Assam Mental Hospital (Tezpur, India) - 1933-1948
Year: 1933
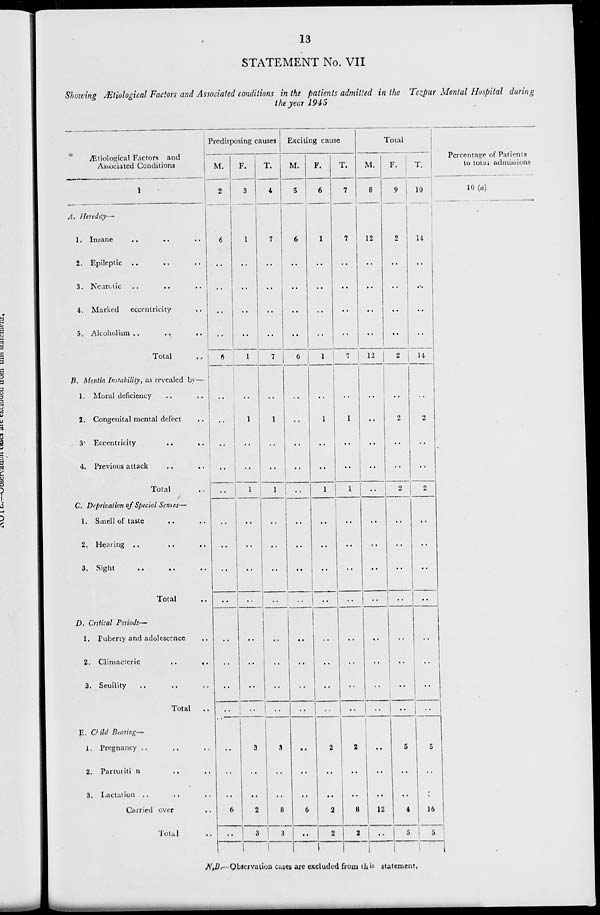
13
STATEMENT No. VII
Showing Ætiological Factors and Associated conditions in the patients admitted in the Tezpur Mental Hospital during
the year 1945
Ætiological Factors and
Associated Conditions
A.
B.
C.
D.
E.
1
Heredity—
1. Insane
..
.. ..
2. Epileptic ..
.. ..
3. Neurotic .. .. ..
4. Marked
eccentricity ..
5. Alcoholism ..
..
..
Total
..
Mentia Instability, as revealed by—
1. Moral deficiency
..
..
2. Congenital mental defect
..
3. Eccentricity
.. ..
4. Previous attack .. ..
Total ..
Deprivation of Special Senses—
1. Smell of taste .. .. ..
2. Hearing .. .. ..
3. Sight .. .. ..
Total ..
Critical Periods—
1. Puberty and adolescence ..
2. Climacteric
..
..
3. Senility .. .. ..
Total
..
Child Bearing—
1. Pregnancy .. .. ..
2. Parturition .. ..
3. Lactation .. .. ..
Carried over ..
Total ..
Predisposing causes
M.
2
6
..
..
..
..
6
..
..
..
..
..
..
..
..
..
..
..
..
..
..
..
..
6
..
F.
3
1
..
..
..
..
1
..
1
..
..
1
..
..
..
..
..
..
..
..
3
..
..
2
3
T.
4
7
..
..
..
..
7
..
1
..
..
1
..
..
..
..
..
..
..
..
3
..
..
8
3
Exciting cause
M.
5
6
..
..
..
..
6
..
..
..
..
..
..
..
..
..
..
..
..
..
..
..
..
6
..
F.
6
1
..
..
..
..
1
..
1
..
..
1
..
..
..
..
..
..
..
..
2
..
..
2
2
T.
7
7
..
..
..
..
7
..
1
..
..
1
..
..
..
..
..
..
..
..
2
..
..
8
2
Total
M.
8
12
..
..
..
..
12
..
..
..
..
..
..
..
..
..
..
..
..
..
..
..
..
12
..
F.
9
2
..
..
..
..
2
..
2
..
..
2
..
..
..
..
..
..
..
..
5
..
..
4
5
T.
10
14
..
..
..
..
14
..
2
..
..
2
..
..
..
..
..
..
..
..
5
..
..
16
5
Percentage of Patients
to total admissions
10(a)
N.B.— Observation cases are excluded from this statement.